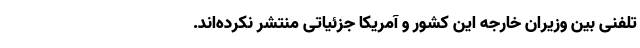
تلفنی بین وزیران خارجه این کشور و آمریکا جزئیاتی منتشر نکرده‌اند.